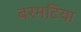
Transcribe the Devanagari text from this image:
बरमटिया